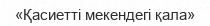
«Қасиетті мекендегі қала»